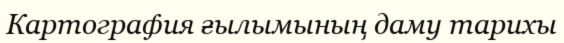
Картография ғылымының даму тарихы